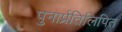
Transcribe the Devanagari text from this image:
पुनार्प्रतिलिपित